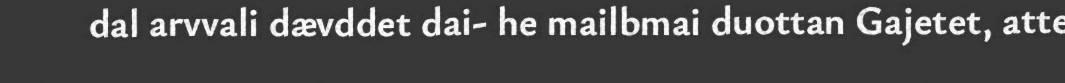
dal arvvali dævddet dai- he mailbmai duottan Gajetet, atte